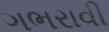
ગભરાવી